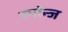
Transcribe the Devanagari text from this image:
स्पॉन्ज